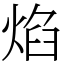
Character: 焰